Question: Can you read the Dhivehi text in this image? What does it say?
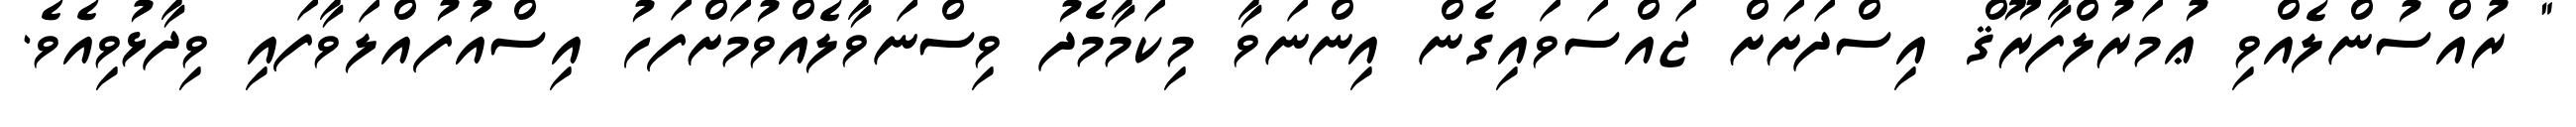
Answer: " ރުއްސުންލެއްވި ޢުމަރުލްފާރޫޤް އިސްދަށަށް ޖައްސަވައިގެން އިންނަވާ މިކަމާމެދު ވިސްނަވާލެއްވުމަށްފަހު އިސްއުފުއްލަވާފައި ވިދާޅުވިއެވެ.